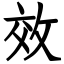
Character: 效